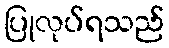
ပြုလုပ်ရသည်